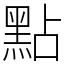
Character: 點